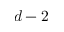
d - 2